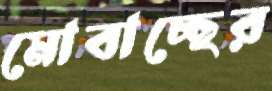
মোবাচ্ছের